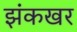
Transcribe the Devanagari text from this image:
झंकखर